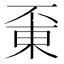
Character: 𠁋